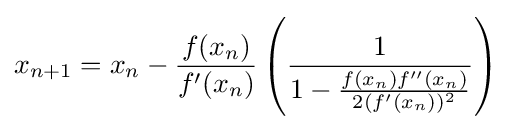
x_{n+1}=x_{n}-{\frac {f(x_{n})}{f'(x_{n})}}\left({\frac {1}{1-{\frac {f(x_{n})f''(x_{n})}{2(f'(x_{n}))^{2}}}}}\right)